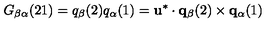
G _ { \beta \alpha } ( 2 1 ) = q _ { \beta } ( 2 ) q _ { \alpha } ( 1 ) = { \bf u } ^ { * } \cdot { \bf q } _ { \beta } ( 2 ) \times { \bf q } _ { \alpha } ( 1 )